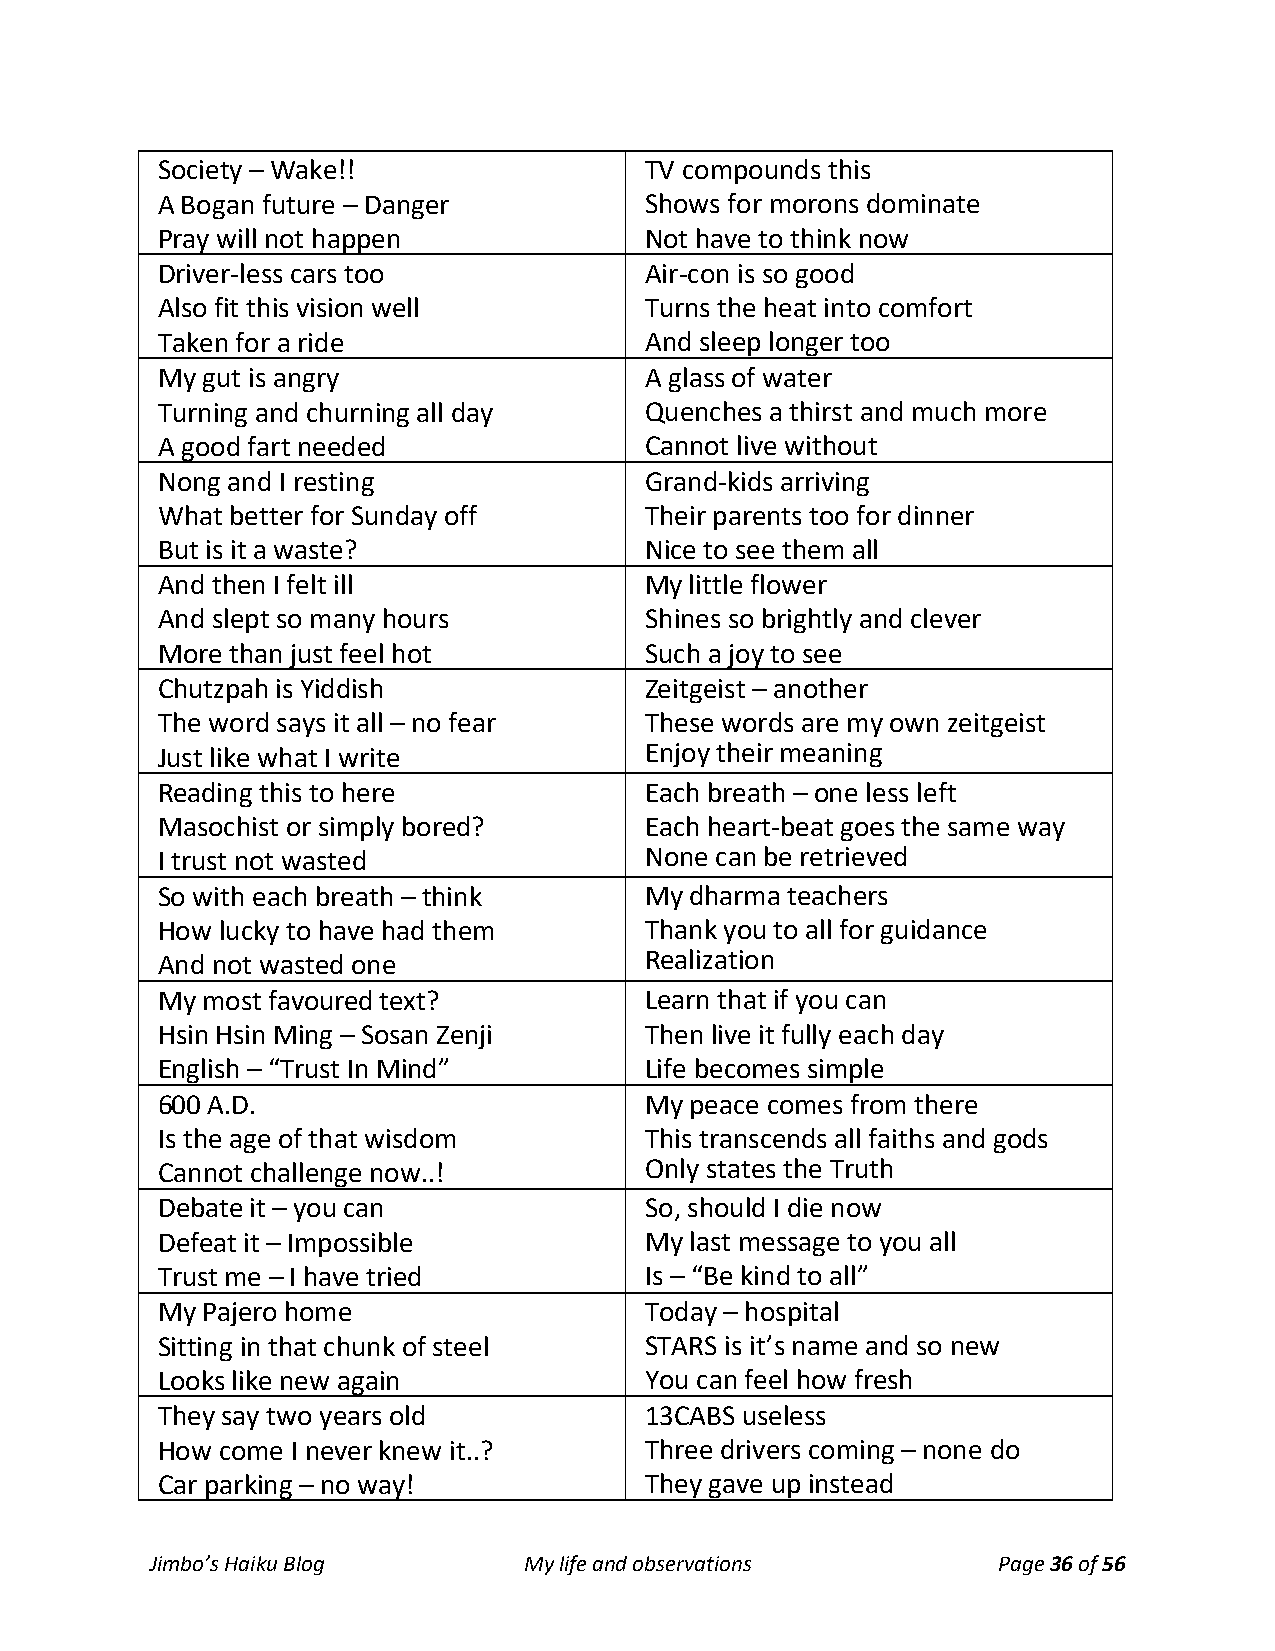
Society – Wake!!                 TV compounds this
 A Bogan future – Danger          Shows for morons dominate
 Pray will not happen             Not have to think now
 Driver-less cars too             Air-con is so good
 Also fit this vision well        Turns the heat into comfort
 Taken for a ride                 And sleep longer too
 My gut is angry                  A glass of water
 Turning and churning all day     Quenches a thirst and much more
 A good fart needed               Cannot live without
 Nong and I resting               Grand-kids arriving
 What better for Sunday off       Their parents too for dinner
 But is it a waste?               Nice to see them all
 And then I felt ill              My little flower
 And slept so many hours          Shines so brightly and clever
 More than just feel hot          Such a joy to see
 Chutzpah is Yiddish              Zeitgeist – another
 The word says it all – no fear   These words are my own zeitgeist
 Just like what I write           Enjoy their meaning
 Reading this to here             Each breath – one less left
 Masochist or simply bored?       Each heart-beat goes the same way
 I trust not wasted               None can be retrieved
 So with each breath – think      My dharma teachers
 How lucky to have had them       Thank you to all for guidance
 And not wasted one               Realization
 My most favoured text?           Learn that if you can
 Hsin Hsin Ming – Sosan Zenji     Then live it fully each day
 English – “Trust In Mind”        Life becomes simple
 600 A.D.                         My peace comes from there
 Is the age of that wisdom        This transcends all faiths and gods
 Cannot challenge now..!          Only states the Truth
 Debate it – you can              So, should I die now
 Defeat it – Impossible           My last message to you all
 Trust me – I have tried          Is – “Be kind to all”
 My Pajero home                   Today – hospital
 Sitting in that chunk of steel   STARS is it’s name and so new
 Looks like new again             You can feel how fresh
 They say two years old           13CABS useless
 How come I never knew it..?      Three drivers coming – none do
 Car parking – no way!            They gave up instead
 Jimbo’s Haiku Blog       My life and observations       Page 36 of 56